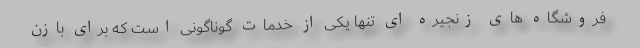
فروشگاه های زنجیره ای تنها یکی از خدمات گوناگونی است که برای بازن